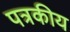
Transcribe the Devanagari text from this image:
पत्रकीय